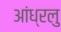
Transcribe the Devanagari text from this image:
आंध्रलु